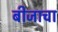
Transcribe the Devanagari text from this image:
बीजाचा